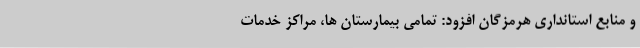
و منابع استانداری هرمزگان افزود: تمامی بیمارستان ها، مراکز خدمات